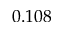
0 . 1 0 8